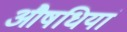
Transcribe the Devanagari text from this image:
औषधियां